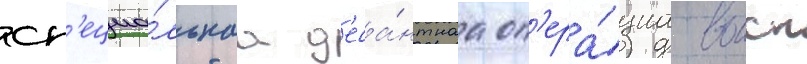
сп'ециа́льнаа д'еса́нтнаа оп'ера́циа воиск